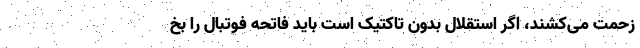
زحمت می‌کشند، اگر استقلال بدون تاکتیک است باید فاتحه فوتبال را بخ